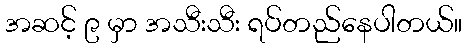
အဆင့် ၉ မှာ အသီးသီး ရပ်တည်နေပါတယ်။